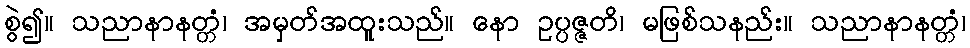
စွဲ၍။ သညာနာနတ္တံ၊ အမှတ်အထူးသည်။ နော ဥပ္ပဇ္ဇတိ၊ မဖြစ်သနည်း။ သညာနာနတ္တံ၊